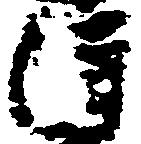
得